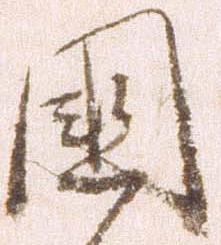
国